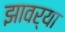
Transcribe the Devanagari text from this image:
झावर्‍या